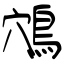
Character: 鴪